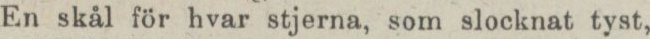
En skål för hvar stjerna, som slocknat tyst,